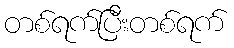
တစ်ရက်ပြီးတစ်ရက်